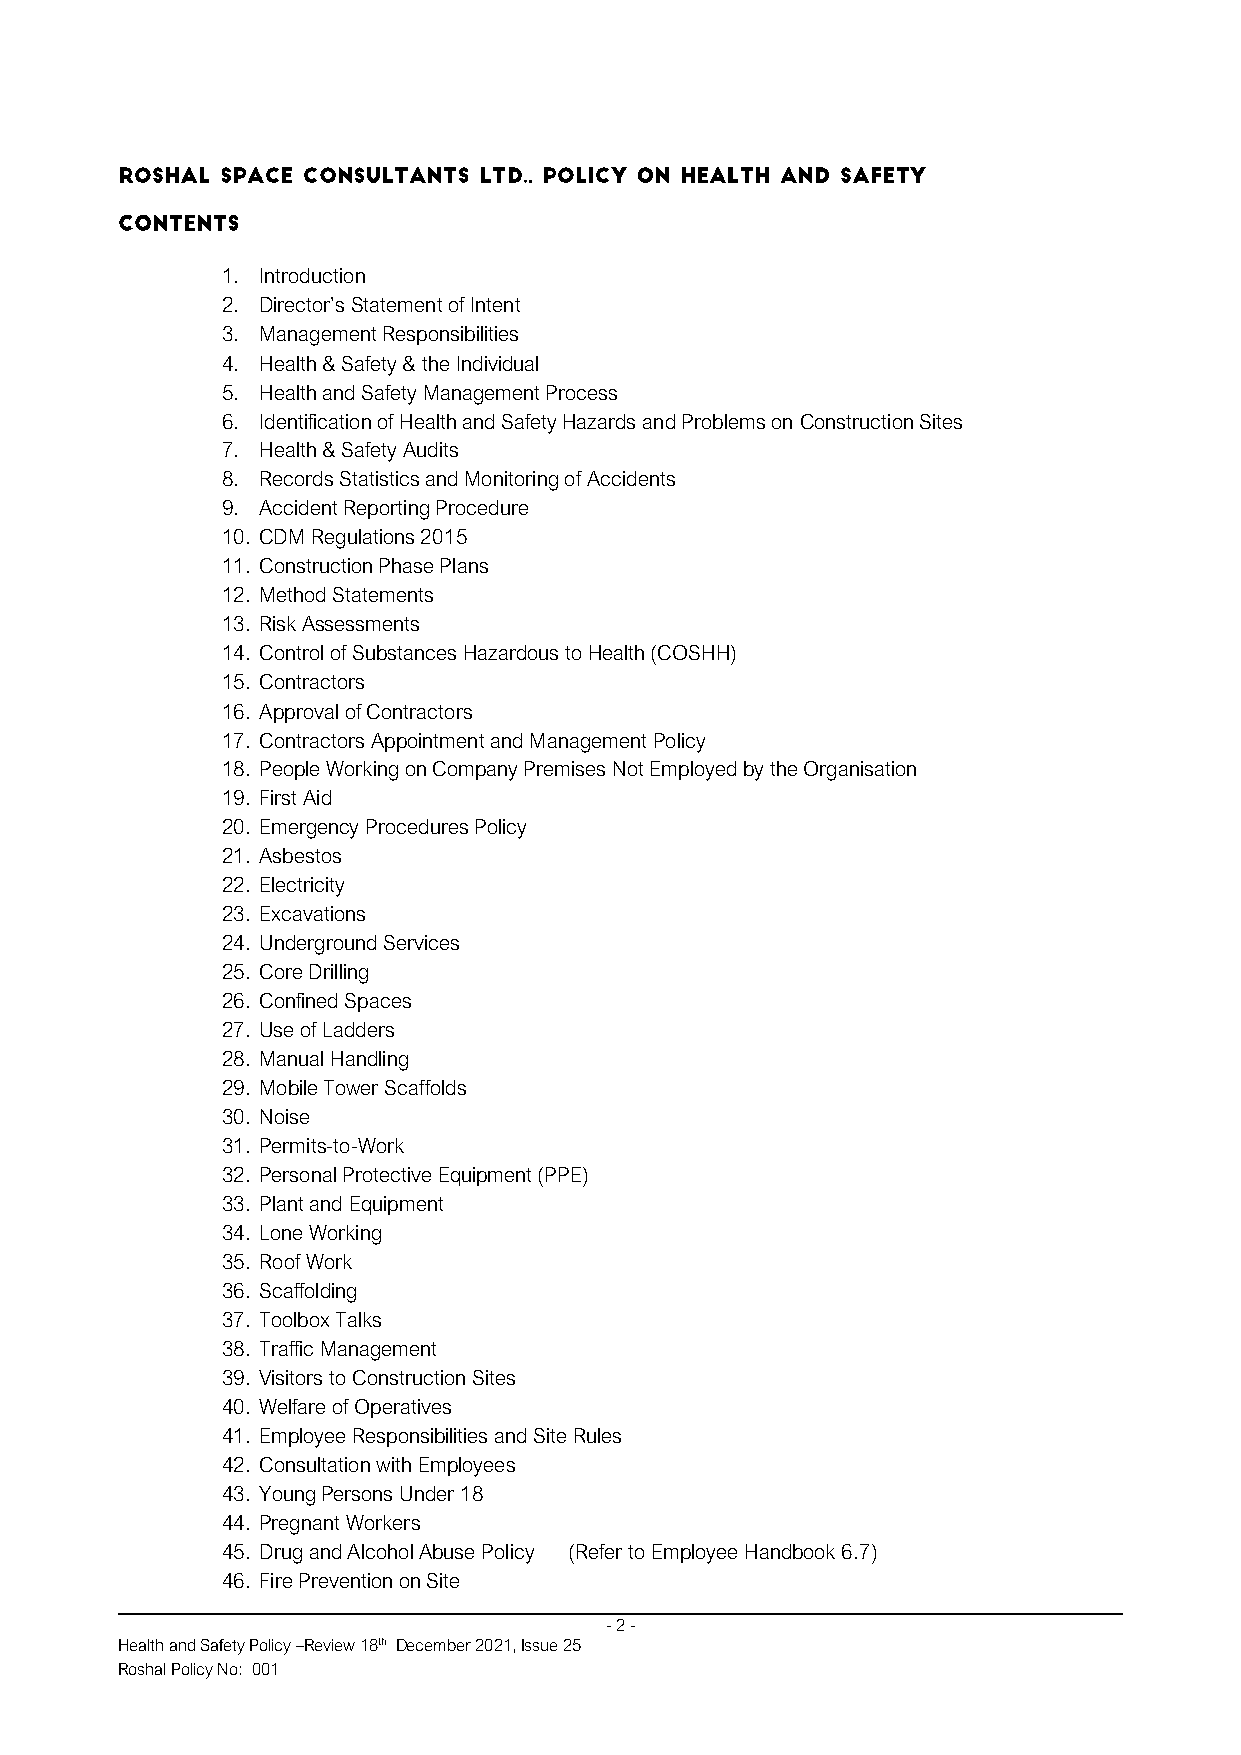
1. Introduction
 2. Director’s Statement of Intent
 3. Management Responsibilities
 4. Health & Safety & the Individual
 5. Health and Safety Management Process
 6. Identification of Health and Safety Hazards and Problems on Construction Sites
 7. Health & Safety Audits
 8. Records Statistics and Monitoring of Accidents
 9. Accident Reporting Procedure
 10. CDM Regulations 2015
 11. Construction Phase Plans
 12. Method Statements
 13. Risk Assessments
 14. Control of Substances Hazardous to Health (COSHH)
 15. Contractors
 16. Approval of Contractors
 17. Contractors Appointment and Management Policy
 18. People Working on Company Premises Not Employed by the Organisation
 19. First Aid
 20. Emergency Procedures Policy
 21. Asbestos
 22. Electricity
 23. Excavations
 24. Underground Services
 25. Core Drilling
 26. Confined Spaces
 27. Use of Ladders
 28. Manual Handling
 29. Mobile Tower Scaffolds
 30. Noise
 31. Permits-to-Work
 32. Personal Protective Equipment (PPE)
 33. Plant and Equipment
 34. Lone Working
 35. Roof Work
 36. Scaffolding
 37. Toolbox Talks
 38. Traffic Management
 39. Visitors to Construction Sites
 40. Welfare of Operatives
 41. Employee Responsibilities and Site Rules
 42. Consultation with Employees
 43. Young Persons Under 18
 44. Pregnant Workers
 45. Drug and Alcohol Abuse Policy (Refer to Employee Handbook 6.7)
 46. Fire Prevention on Site
 - 2 -
 Health and Safety Policy –Review 18th December 2021, Issue 25
 Roshal Policy No: 001